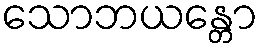
သောဘယန္တော